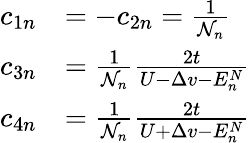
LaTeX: \begin{array}{rl}{c_{1n}}&{=-c_{2n}=\frac{1}{\mathcal{N}_{n}}}\\ {c_{3n}}&{=\frac{1}{\mathcal{N}_{n}}\frac{2t}{U-\Delta v-E_{n}^{N}}}\\ {c_{4n}}&{=\frac{1}{\mathcal{N}_{n}}\frac{2t}{U+\Delta v-E_{n}^{N}}}\end{array}